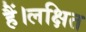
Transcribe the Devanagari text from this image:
हैं।लक्षित